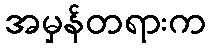
အမှန်တရားက